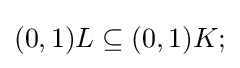
{\textstyle (0,1)L\subseteq (0,1)K;}